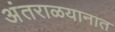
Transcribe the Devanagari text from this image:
अंतराळयानात